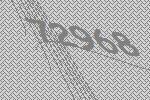
72968